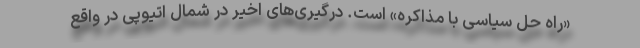
«راه حل سیاسی با مذاکره» است. درگیری‌های اخیر در شمال اتیوپی در واقع